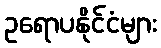
ဥရောပနိုင်ငံများ